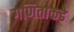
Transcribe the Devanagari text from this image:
गणिताकडे